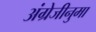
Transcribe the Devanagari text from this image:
अंग्रेजीनुमा